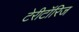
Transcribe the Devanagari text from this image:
टेरीटॉरिज